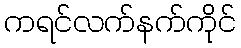
ကရင်လက်နက်ကိုင်